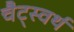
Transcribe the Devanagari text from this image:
चैट्स्वर्थ